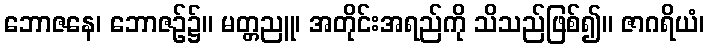
ဘောဇနေ၊ ဘောဇဉ်၌။ မတ္တညူ၊ အတိုင်းအရည်ကို သိသည်ဖြစ်၍။ ဇာဂရိယံ၊